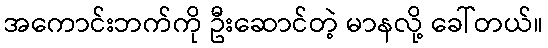
အကောင်းဘက်ကို ဦးဆောင်တဲ့ မာနလို့ ခေါ်တယ်။